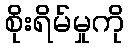
စိုးရိမ်မှုကို